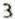
3